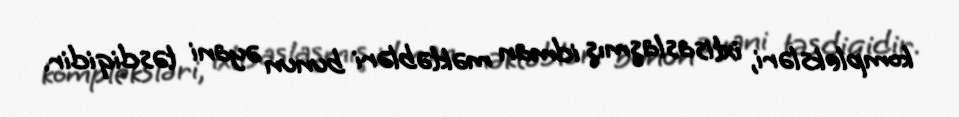
kompleksləri, ixtisaslaşmış idman məktəbləri bunun əyani təsdiqidir.